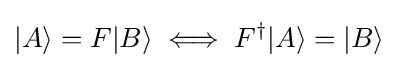
|A\rangle =F|B\rangle \iff F^{\dagger }|A\rangle =|B\rangle